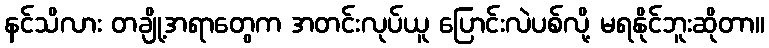
နင်သိလား တချို့အရာတွေက အတင်းလုပ်ယူ ပြောင်းလဲပစ်လို့ မရနိုင်ဘူးဆိုတာ။